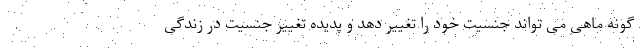
گونه ماهی می تواند جنسیت خود را تغییر دهد و پدیده تغییر جنسیت در زندگی